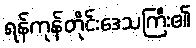
ရန်ကုန်တိုင်းဒေသကြီး၏